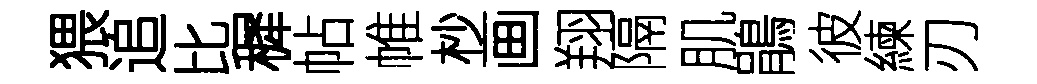
猥追比穉帖帷杪画翔隔肌鵑彼練刃